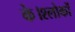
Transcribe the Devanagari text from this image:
के।श्लोकों